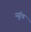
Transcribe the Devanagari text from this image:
न्यूरॅथ